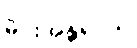
မိုင်းအန္တရာယ်